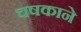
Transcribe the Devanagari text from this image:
चषकाने